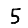
Digit: 5